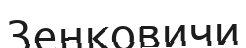
Зенковичи